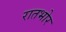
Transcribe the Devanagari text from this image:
रातभोर